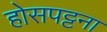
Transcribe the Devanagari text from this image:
होसपट्टना